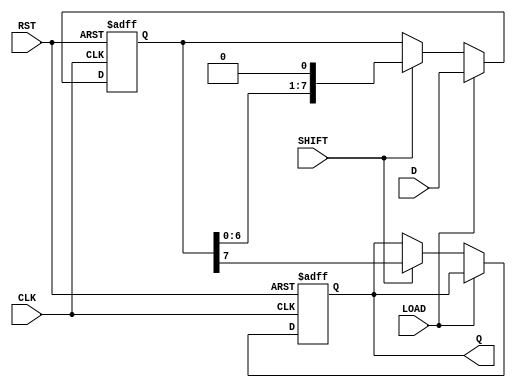
module PISO_Register #(
    parameter WIDTH = 8  // Parameter to define the width of the register
)(
    input wire [WIDTH-1:0] D,         // Parallel data input
    input wire LOAD,                   // Load control signal
    input wire SHIFT,                  // Shift control signal
    input wire CLK,                    // Clock signal
    input wire RST,                    // Asynchronous reset signal
    output reg Q                      // Serial output
);

    reg [WIDTH-1:0] shift_reg;         // Internal shift register

    always @(posedge CLK or posedge RST) begin
        if (RST) begin
            shift_reg <= 0;             // Clear the shift register on reset
            Q <= 0;                     // Clear output on reset
        end else begin
            if (LOAD) begin
                shift_reg <= D;         // Load parallel data into shift register
            end else if (SHIFT) begin
                Q <= shift_reg[WIDTH-1]; // Output the MSB
                shift_reg <= {shift_reg[WIDTH-2:0], 1'b0}; // Shift left, insert 0 at LSB
            end
        end
    end

endmodule